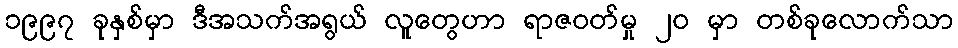
၁၉၉၇ ခုနှစ်မှာ ဒီအသက်အရွယ် လူတွေဟာ ရာဇဝတ်မှု ၂၀ မှာ တစ်ခုလောက်သာ